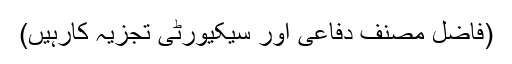
(فاضل مصنف دفاعی اور سیکیورٹی تجزیہ کارہیں)